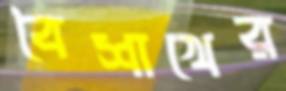
বৈশাখের